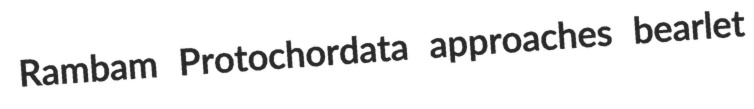
Rambam Protochordata approaches bearlet